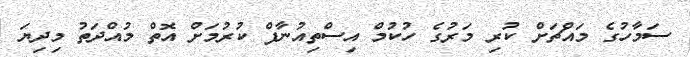
ސަމާހުގެ މައްޗަށް ކުރި މަރުގެ ހުކުމް އިސްތިއުނާފް ކުރުމަށް އޮތް މުއްދަތު މިދިޔަ